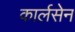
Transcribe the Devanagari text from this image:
कार्लसेन